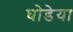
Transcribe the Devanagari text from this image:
घोडेया